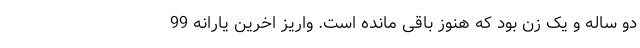
دو ساله و یک زن بود که هنوز باقی مانده است. واریز اخرین یارانه 99